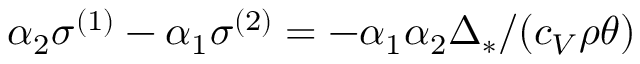
\alpha _ { 2 } \sigma ^ { ( 1 ) } - \alpha _ { 1 } \sigma ^ { ( 2 ) } = - \alpha _ { 1 } \alpha _ { 2 } \Delta _ { * } / ( c _ { V } \rho \theta )